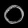
Digit: ၀